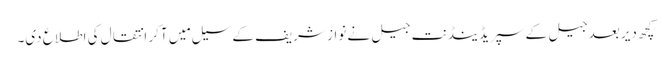
کچھ دیر بعد جیل کے سپریڈینڈنت جیل نے نواز شریف کے سیل مِیں آکر انتقال کی اطلاع دی۔